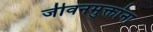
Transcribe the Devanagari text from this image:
जीवनमुक्तांना